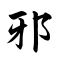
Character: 邪